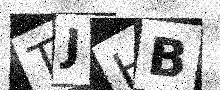
Text: TJHB